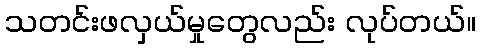
သတင်းဖလှယ်မှုတွေလည်း လုပ်တယ်။